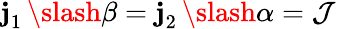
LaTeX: \mathbf{j}_{1}^{\mathrm{{~\, ~}}}\slash\beta=\mathbf{j}_{2}^{\mathrm{{~\, ~}}}\slash\alpha=\mathcal{{J}}^{\mathrm{{~\, ~}}}